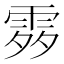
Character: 𩂭